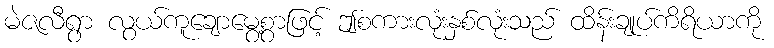
မဲဇလီရွာ လွယ်ကူချောမွေ့စွာဖြင့် ဤစကားလုံးနှစ်လုံးသည် ထိန်းချုပ်ကိရိယာကို